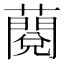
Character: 𧀲